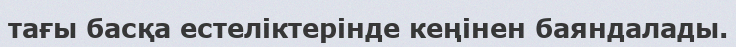
тағы басқа естеліктерінде кеңінен баяндалады.